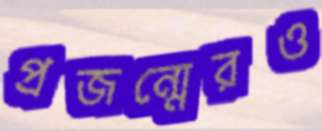
প্রজন্মেরও